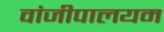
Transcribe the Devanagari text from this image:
वांजीपालयम